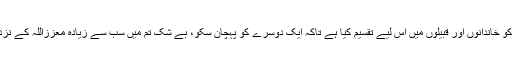
ہم نے تم کو ایک ہی مردوعورت سے پیدا کیا ہے اور تم کو خاندانوں اور قبیلوں میں اس لیے تقسیم کیا ہے تاکہ ایک دوسرے کو پہچان سکو، بے شک تم میں سب سے زیادہ معززاللہ کے نزدیک وہ ہے جو سب سے زیادہ تقوی اختیار کرنے والا ہو۔